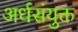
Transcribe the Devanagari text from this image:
अर्धसंयुक्त